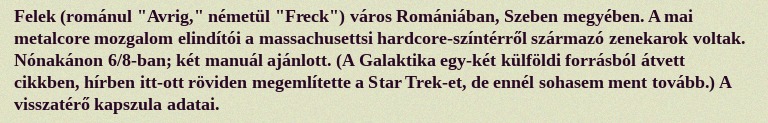
Felek (románul "Avrig," németül "Freck") város Romániában, Szeben megyében. A mai metalcore mozgalom elindítói a massachusettsi hardcore-színtérről származó zenekarok voltak. Nónakánon 6/8-ban; két manuál ajánlott. (A Galaktika egy-két külföldi forrásból átvett cikkben, hírben itt-ott röviden megemlítette a Star Trek-et, de ennél sohasem ment tovább.) A visszatérő kapszula adatai.